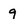
Character: q